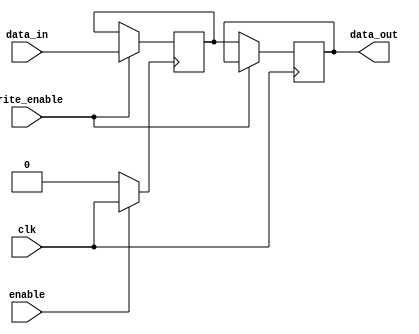
module clock_gating_memory (
    input wire clk,          // input clock
    input wire enable,       // enable signal for clock gating
    input wire [7:0] data_in, // data input
    input wire write_enable, // write enable signal
    output reg [7:0] data_out // data output
);

// Memory block implementation (for demonstration, we'll use a simple reg array)
reg [7:0] memory_array [0:15]; // 16x8 memory array
reg gated_clk; // Gated clock signal

// Clock gating logic
always @(*) begin
    // Gated clock is either the clock or tied low when enable is low
    gated_clk = enable ? clk : 1'b0;
end

// Sequential logic to model memory behavior
always @(posedge gated_clk) begin
    if (write_enable) begin
        // Write data to memory when gated clock is high and write enable is asserted
        memory_array[0] <= data_in; // For demonstration, writing to memory[0]
    end
end

// Combinational logic to read data from memory
always @(posedge clk) begin
    // Read data from the memory block
    if (!write_enable) begin
        data_out <= memory_array[0]; // For demonstration, reading from memory[0]
    end
end

endmodule